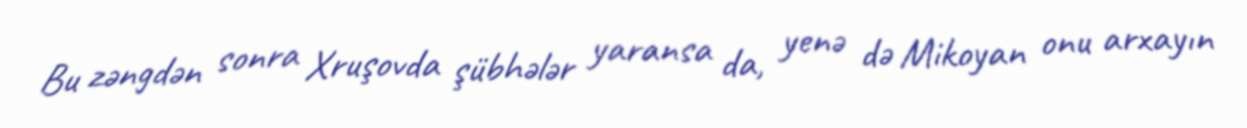
Bu zəngdən sonra Xruşovda şübhələr yaransa da, yenə də Mikoyan onu arxayın